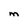
Character: M